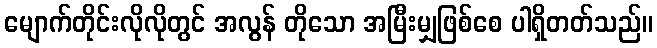
မျောက်တိုင်းလိုလိုတွင် အလွန် တိုသော အမြီးမျှဖြစ်စေ ပါရှိတတ်သည်။